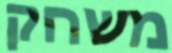
משחק